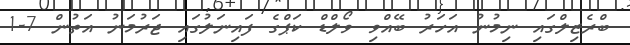
ބްރެޒިލްގައި ނިމުނު އަހަރު ބޭއްވި ވޯލްޑް ކަޕްގެ ފައިނަލުގައި ޖަރުމަނު އަތުން 7-1